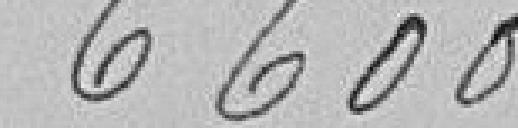
6600